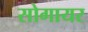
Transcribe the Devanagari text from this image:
सोगायर